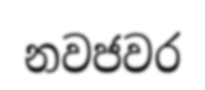
නවජවර